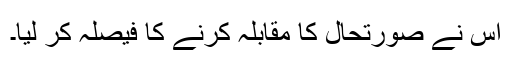
اس نے صورتحال کا مقابلہ کرنے کا فیصلہ کر لیا۔